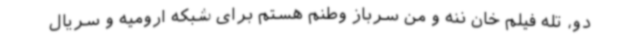
دو، تله فیلم خان ننه و من سرباز وطنم هستم برای شبکه ارومیه و سریال